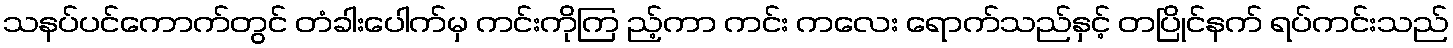
သနပ်ပင်ကောက်တွင် တံခါးပေါက်မှ ကင်းကိုကြ ည့်ကာ ကင်း ကလေး ရောက်သည်နှင့် တပြိုင်နက် ရပ်ကင်းသည်